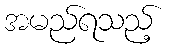
အမည်ရသည့်